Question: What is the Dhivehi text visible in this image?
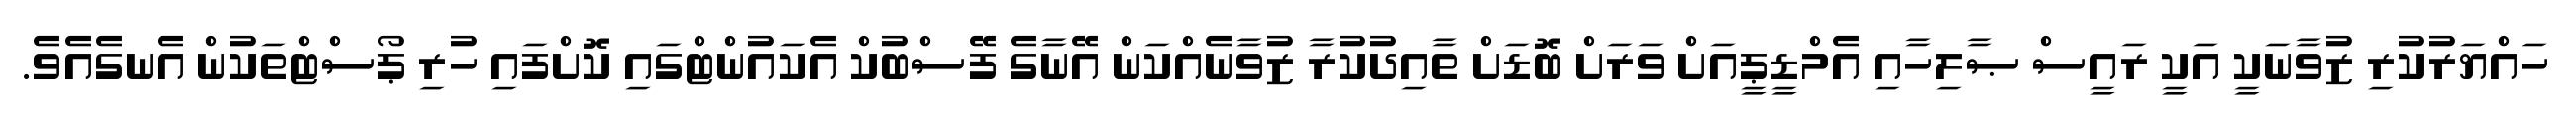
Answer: ހައްޔަރުކުރި ޒުވާނަކީ އަކީ ރައީސް ޞާލިހާއި އެމްޑީޕީއަށް ވަރަށް ބޮޑަށް ތާއިދުކުރާ ޒުވާނެއްކަން އޭނާގެ ފޭސްބުކް އެކައުންޓްގައި ކޮށްފައި ހުރި ޕޯސްޓްތަކުން އެނގެއެވެ.